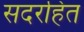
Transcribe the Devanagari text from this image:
सदरहित